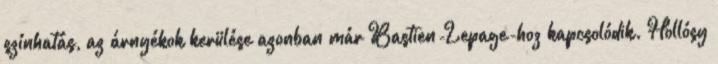
színhatás, az árnyékok kerülése azonban már Bastien-Lepage-hoz kapcsolódik. Hollósy